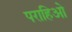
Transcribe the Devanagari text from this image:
पराहिओ